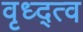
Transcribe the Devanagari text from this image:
वृध्द्त्व